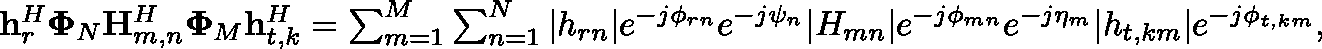
\begin{array} { r } { \mathbf { h } _ { r } ^ { H } \mathbf { \Phi } _ { N } \mathbf { H } _ { m , n } ^ { H } \mathbf { \Phi } _ { M } \mathbf { h } _ { t , k } ^ { H } = \sum _ { m = 1 } ^ { M } \sum _ { n = 1 } ^ { N } | { h } _ { r n } | e ^ { - j \phi _ { r n } } e ^ { - j \psi _ { n } } | { H } _ { m n } | e ^ { - j \phi _ { m n } } e ^ { - j \eta _ { m } } | { h } _ { t , k m } | e ^ { - j \phi _ { t , k m } } , } \end{array}